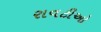
રાવટીઓ